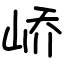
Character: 峤